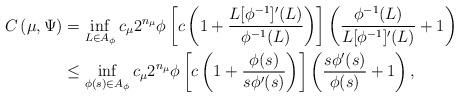
LaTeX: \begin{align*} C\left(\mu, \Psi\right)&=\inf_{L\in A_\phi}c_\mu 2^{n_\mu} \phi\left[c\left(1+ \frac{L[\phi^{-1}]'(L)}{\phi^{-1}(L)}\right)\right] \left( \frac{\phi^{-1}(L)}{L[\phi^{-1}]'(L)}+1\right)\\ &\leq \inf_{\phi(s)\in A_\phi}c_\mu 2^{n_\mu} \phi\left[c\left(1+\frac{\phi(s)}{s\phi'(s)}\right)\right]\left(\frac{s\phi'(s)}{\phi(s)}+1\right), \end{align*}